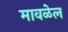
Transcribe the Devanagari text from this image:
मावळेल